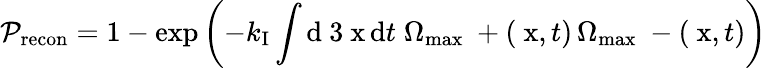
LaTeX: {\cal P}_{\mathrm{recon}}=1-\exp\left(-k_{\mathrm{I}}\int\mathrm{d}~3\mathrm{\mathbf~x}\, \mathrm{d}t\; \Omega_{\mathrm{max}}~+(\mathrm{\mathbf~x},t)\, \Omega_{\mathrm{max}}~-(\mathrm{\mathbf~x},t)\right)